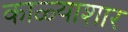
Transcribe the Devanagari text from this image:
काळ्याशार